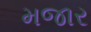
મજાર